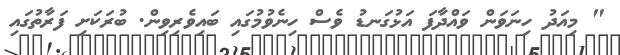
" މިއަދު ހިނަވަން ވައްދާފަ އަޅުގަނޑު ވެސް ހިނެވުމުގައި ބައިވެރިވިން. ބުރަކަށި ފަރާތުގައި